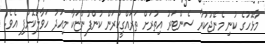
މާޅޮހުގެ ކުނި މެނޭޖުކުރާ ސެންޓަރު އިތުރަށް ތަރައްގީކުރަން ކުންފުންޏަކާ މިއަދު ހަވާލުކޮށްފި އެވެ.